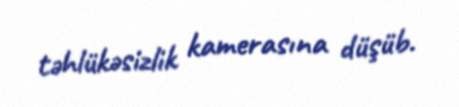
təhlükəsizlik kamerasına düşüb.